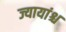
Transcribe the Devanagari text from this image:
ज्यायांश्च